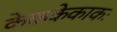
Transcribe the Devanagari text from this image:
केककेकाकः